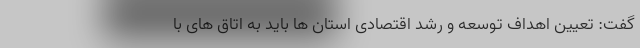
گفت: تعیین اهداف توسعه و رشد اقتصادی استان ها باید به اتاق های با